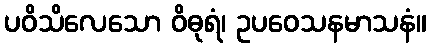
ပဝိသိလေသော ဝိဓုရံ၊ ဥပဝေသနမာသနံ။